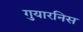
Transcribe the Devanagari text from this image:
गुयारनिस